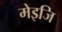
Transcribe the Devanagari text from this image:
मेइजि